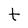
Character: t